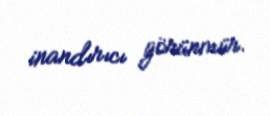
inandırıcı görünmür.